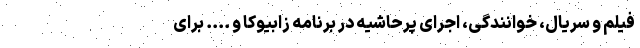
فیلم و سریال، خوانندگی، اجرای پرحاشیه در برنامه زابیوکا و .... برای